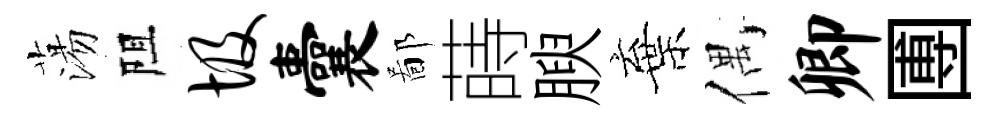
蕩阻圾囊鄙蒔腴棄偶卿圑